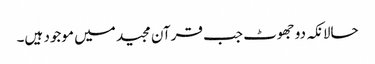
حالانکہ دو جھوٹ جب قرآن مجید میں موجود ہیں۔